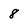
Character: 8